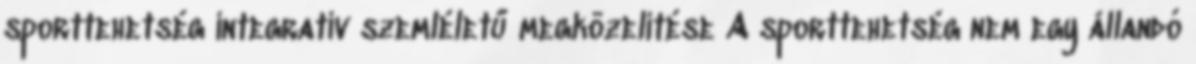
sporttehetség integratív szemléletű megközelítése A sporttehetség nem egy állandó